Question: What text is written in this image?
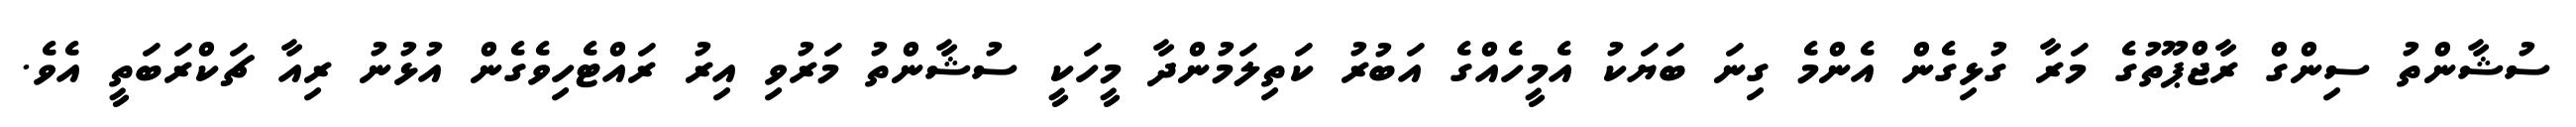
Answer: ސުޝާންތު ސިންގް ރާޖްޕޫތުގެ މަރާ ގުޅިގެން އެންމެ ގިނަ ބަޔަކު އެމީހެއްގެ އަބުރު ކަތިލަމުންދާ މީހަކީ ސުޝާންތު މަރުވި އިރު ރައްޓެހިވެގެން އުޅުނު ރިއާ ޗަކްރަބަތީ އެވެ.